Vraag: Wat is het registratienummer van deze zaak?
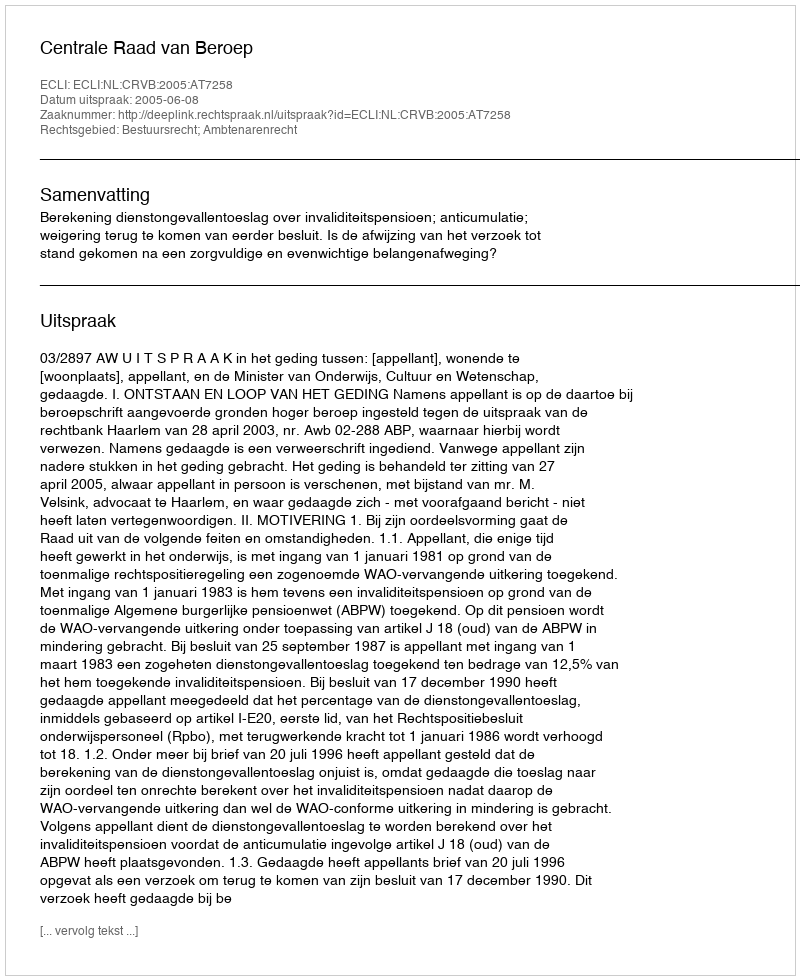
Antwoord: http://deeplink.rechtspraak.nl/uitspraak?id=ECLI:NL:CRVB:2005:AT7258